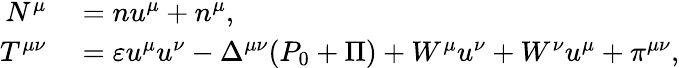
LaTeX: \begin{array}{rl}{N^{\mu}}&{{}=nu^{\mu}+n^{\mu},}\\ {T^{\mu\nu}}&{{}=\varepsilon u^{\mu}u^{\nu}-\Delta^{\mu\nu}(P_{0}+\Pi)+W^{\mu}u^{\nu}+W^{\nu}u^{\mu}+\pi^{\mu\nu},}\end{array}